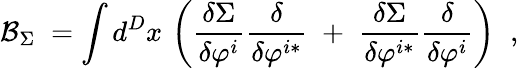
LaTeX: \mathcal{B}_{\Sigma}\; =\int d^{D}x\, \left(\frac{\delta\Sigma}{\delta\varphi^{i}}\frac\delta{\delta\varphi^{i*}}\; +\; \frac{\delta\Sigma}{\delta\varphi^{i*}}\frac\delta{\delta\varphi^{i}}\right)\; \; ,